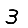
Digit: 3